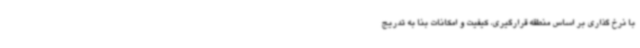
با نرخ گذاری بر اساس منطقه قرارگیری، کیفیت و امکانات بنا به تدریج